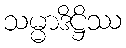
သမ္မာဒိဋ္ဌိဿ